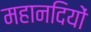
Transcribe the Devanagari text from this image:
महानदियों